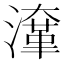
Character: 㵮